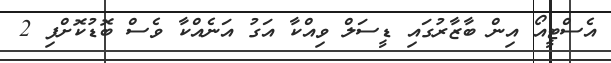
އެސްޓީއޯ އިން ބާޒާރުގައި ޑީސަލް ވިއްކާ އަގު އަނެއްކާ ވެސް ބޮޑުކޮށްފި 2